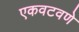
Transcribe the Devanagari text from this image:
एकवटवणे